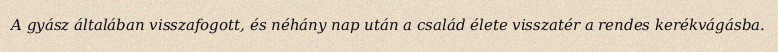
A gyász általában visszafogott, és néhány nap után a család élete visszatér a rendes kerékvágásba.